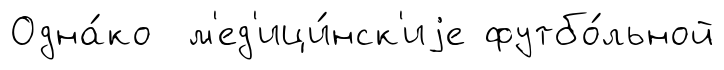
Одна́ко м'ед'ици́нск'иjе футбо́льной